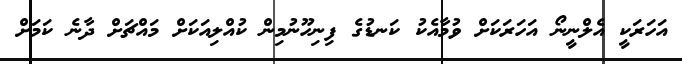
އަހަރަކީ އެލްނީނޯ އަހަރަކަށް ވުމާއެކު ކަނޑުގެ ފިނިހޫނުމިން ކުއްލިއަކަށް މައްޗަށް ދާނެ ކަމަށް